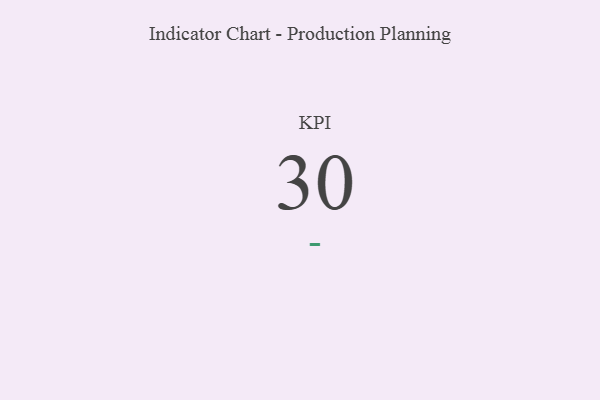
{"axis": {"x": "KPI", "y": "Value"}, "legend": [""], "data": [{"x": "KPI", "y": 30, "type": ""}]}